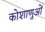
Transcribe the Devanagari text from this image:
कोशाणुओं